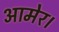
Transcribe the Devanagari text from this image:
आमेर।